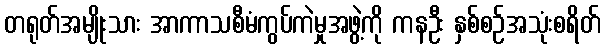
တရုတ်အမျိုးသား အာကာသစီမံကွပ်ကဲမှုအဖွဲ့ကို ကနဦး နှစ်စဉ်အသုံးစရိတ်